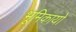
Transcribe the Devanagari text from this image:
भूमिकायो